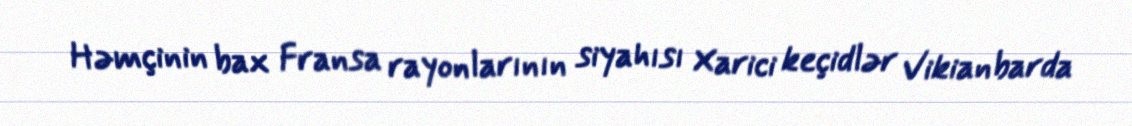
Həmçinin bax Fransa rayonlarının siyahısı Xarici keçidlər Vikianbarda